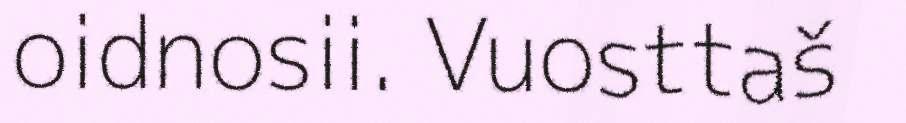
oidnosii. Vuosttaš